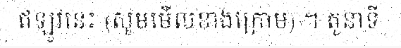
ឥឡូវនេះ (សូមមើលខាងក្រោម) ។ តួនាទី